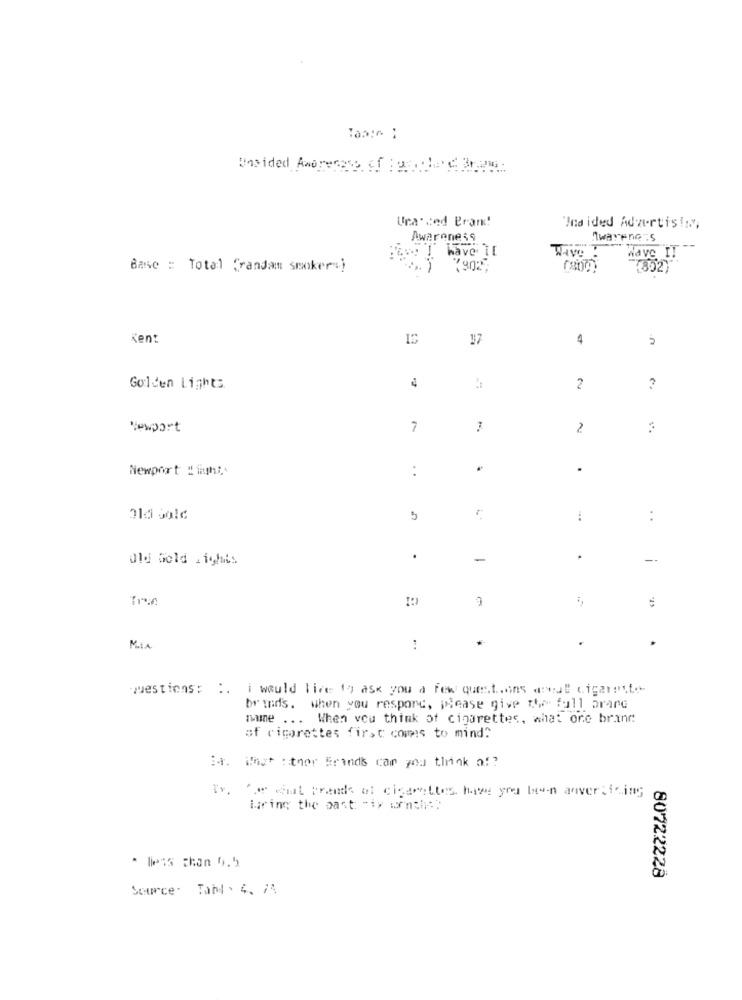
Tanie :
Ura. ced Brand!
"Unaided Advertis!sy,
Awareness
Awareness
- ! have I[
Wave a
Wave Il
Banc : Total (randam smoker.)
7902
Kent
4
Golden Lights
2
?
Newport
7
2
:
Newport Lights
:
.
.
5
:
:
Old Gold rights
.
-
.
1
Mix
westions: :. i would like to ask you a few questions wal cigarette
br Inds. when you respond, please give the full orare
name ... When you think of cigarettes, what one brind
of cigarettes first comes to mind?
ir. What : thor Erinds cam you think of?
Ir. for what track of cigarettes have you been anversicing
turing the past: - iy wenth ::
* less than 9.5
80722228
Source. Tab4 . 4. 74